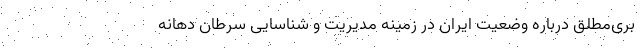
بری‌مطلق درباره وضعیت ایران در زمینه مدیریت و شناسایی سرطان دهانه